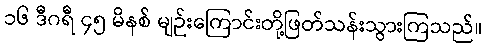
၁၆ ဒီဂရီ ၄၅ မိနစ် မျဉ်းကြောင်းတို့ဖြတ်သန်းသွားကြသည်။